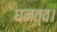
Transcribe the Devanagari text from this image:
घनत्व।